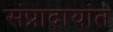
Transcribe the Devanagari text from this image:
संप्रादायांत